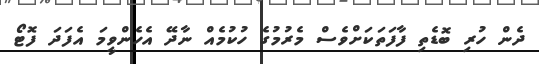
ދެން ހުރި ބޮޑެތި ފާފަތަކަށްވެސް މެރުމުގެ ހުކުމެއް ނާދޭ އެހެންވީމަ އެފަދަ ފޮޓޯ